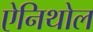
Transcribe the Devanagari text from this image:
ऐनिथोल